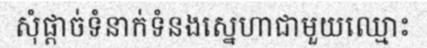
សុំផ្តាច់ទំនាក់ទំនងស្នេហាជាមួយឈ្មោះ